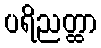
ပရိညတ္ထာ